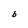
Character: b